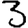
Digit: 3